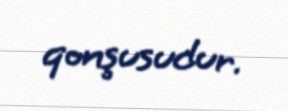
qonşusudur.